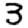
Digit: 3